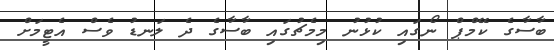
ބާސާގެ ކޭމްޕް ނޯގައި ކުޅުނު މިމެޗުގައި ބާސާގެ ދެ ލަނޑު ވެސް އެޓީމަށް